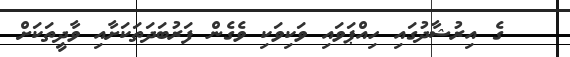
ގެ އިރުޝާދުގައި ހިއްޕަވައި ވަކިވަކި ވެގެން ފަރުބަދަތަކަށާއި ވާދީތަކަށް